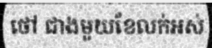
ថៅ ជាងមួយខែលក់អស់